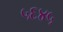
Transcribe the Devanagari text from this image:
५६४५